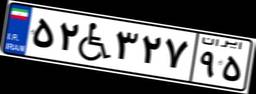
۳۷W۶۹۱۱۹